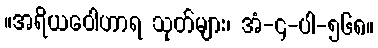
။အရိယဝေါဟာရ သုတ်များ၊ အံ-၄-ပါ-၅၆၈။